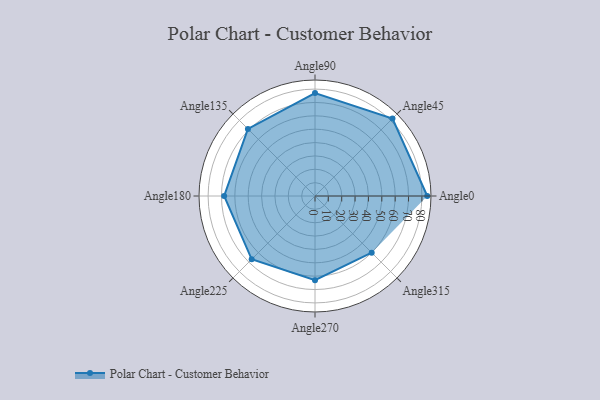
{"axis": {"x": "Angle", "y": "Radius"}, "legend": [""], "data": [{"x": "Angle0", "y": 84.0, "type": ""}, {"x": "Angle45", "y": 82.0, "type": ""}, {"x": "Angle90", "y": 77.0, "type": ""}, {"x": "Angle135", "y": 71.0, "type": ""}, {"x": "Angle180", "y": 68.0, "type": ""}, {"x": "Angle225", "y": 67.0, "type": ""}, {"x": "Angle270", "y": 63.0, "type": ""}, {"x": "Angle315", "y": 60.0, "type": ""}]}